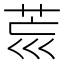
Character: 𦮋